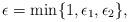
LaTeX: \begin{align*} \epsilon = \min\{1, \epsilon_1, \epsilon_2\},\end{align*}